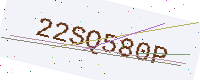
Text: 22SQ580P